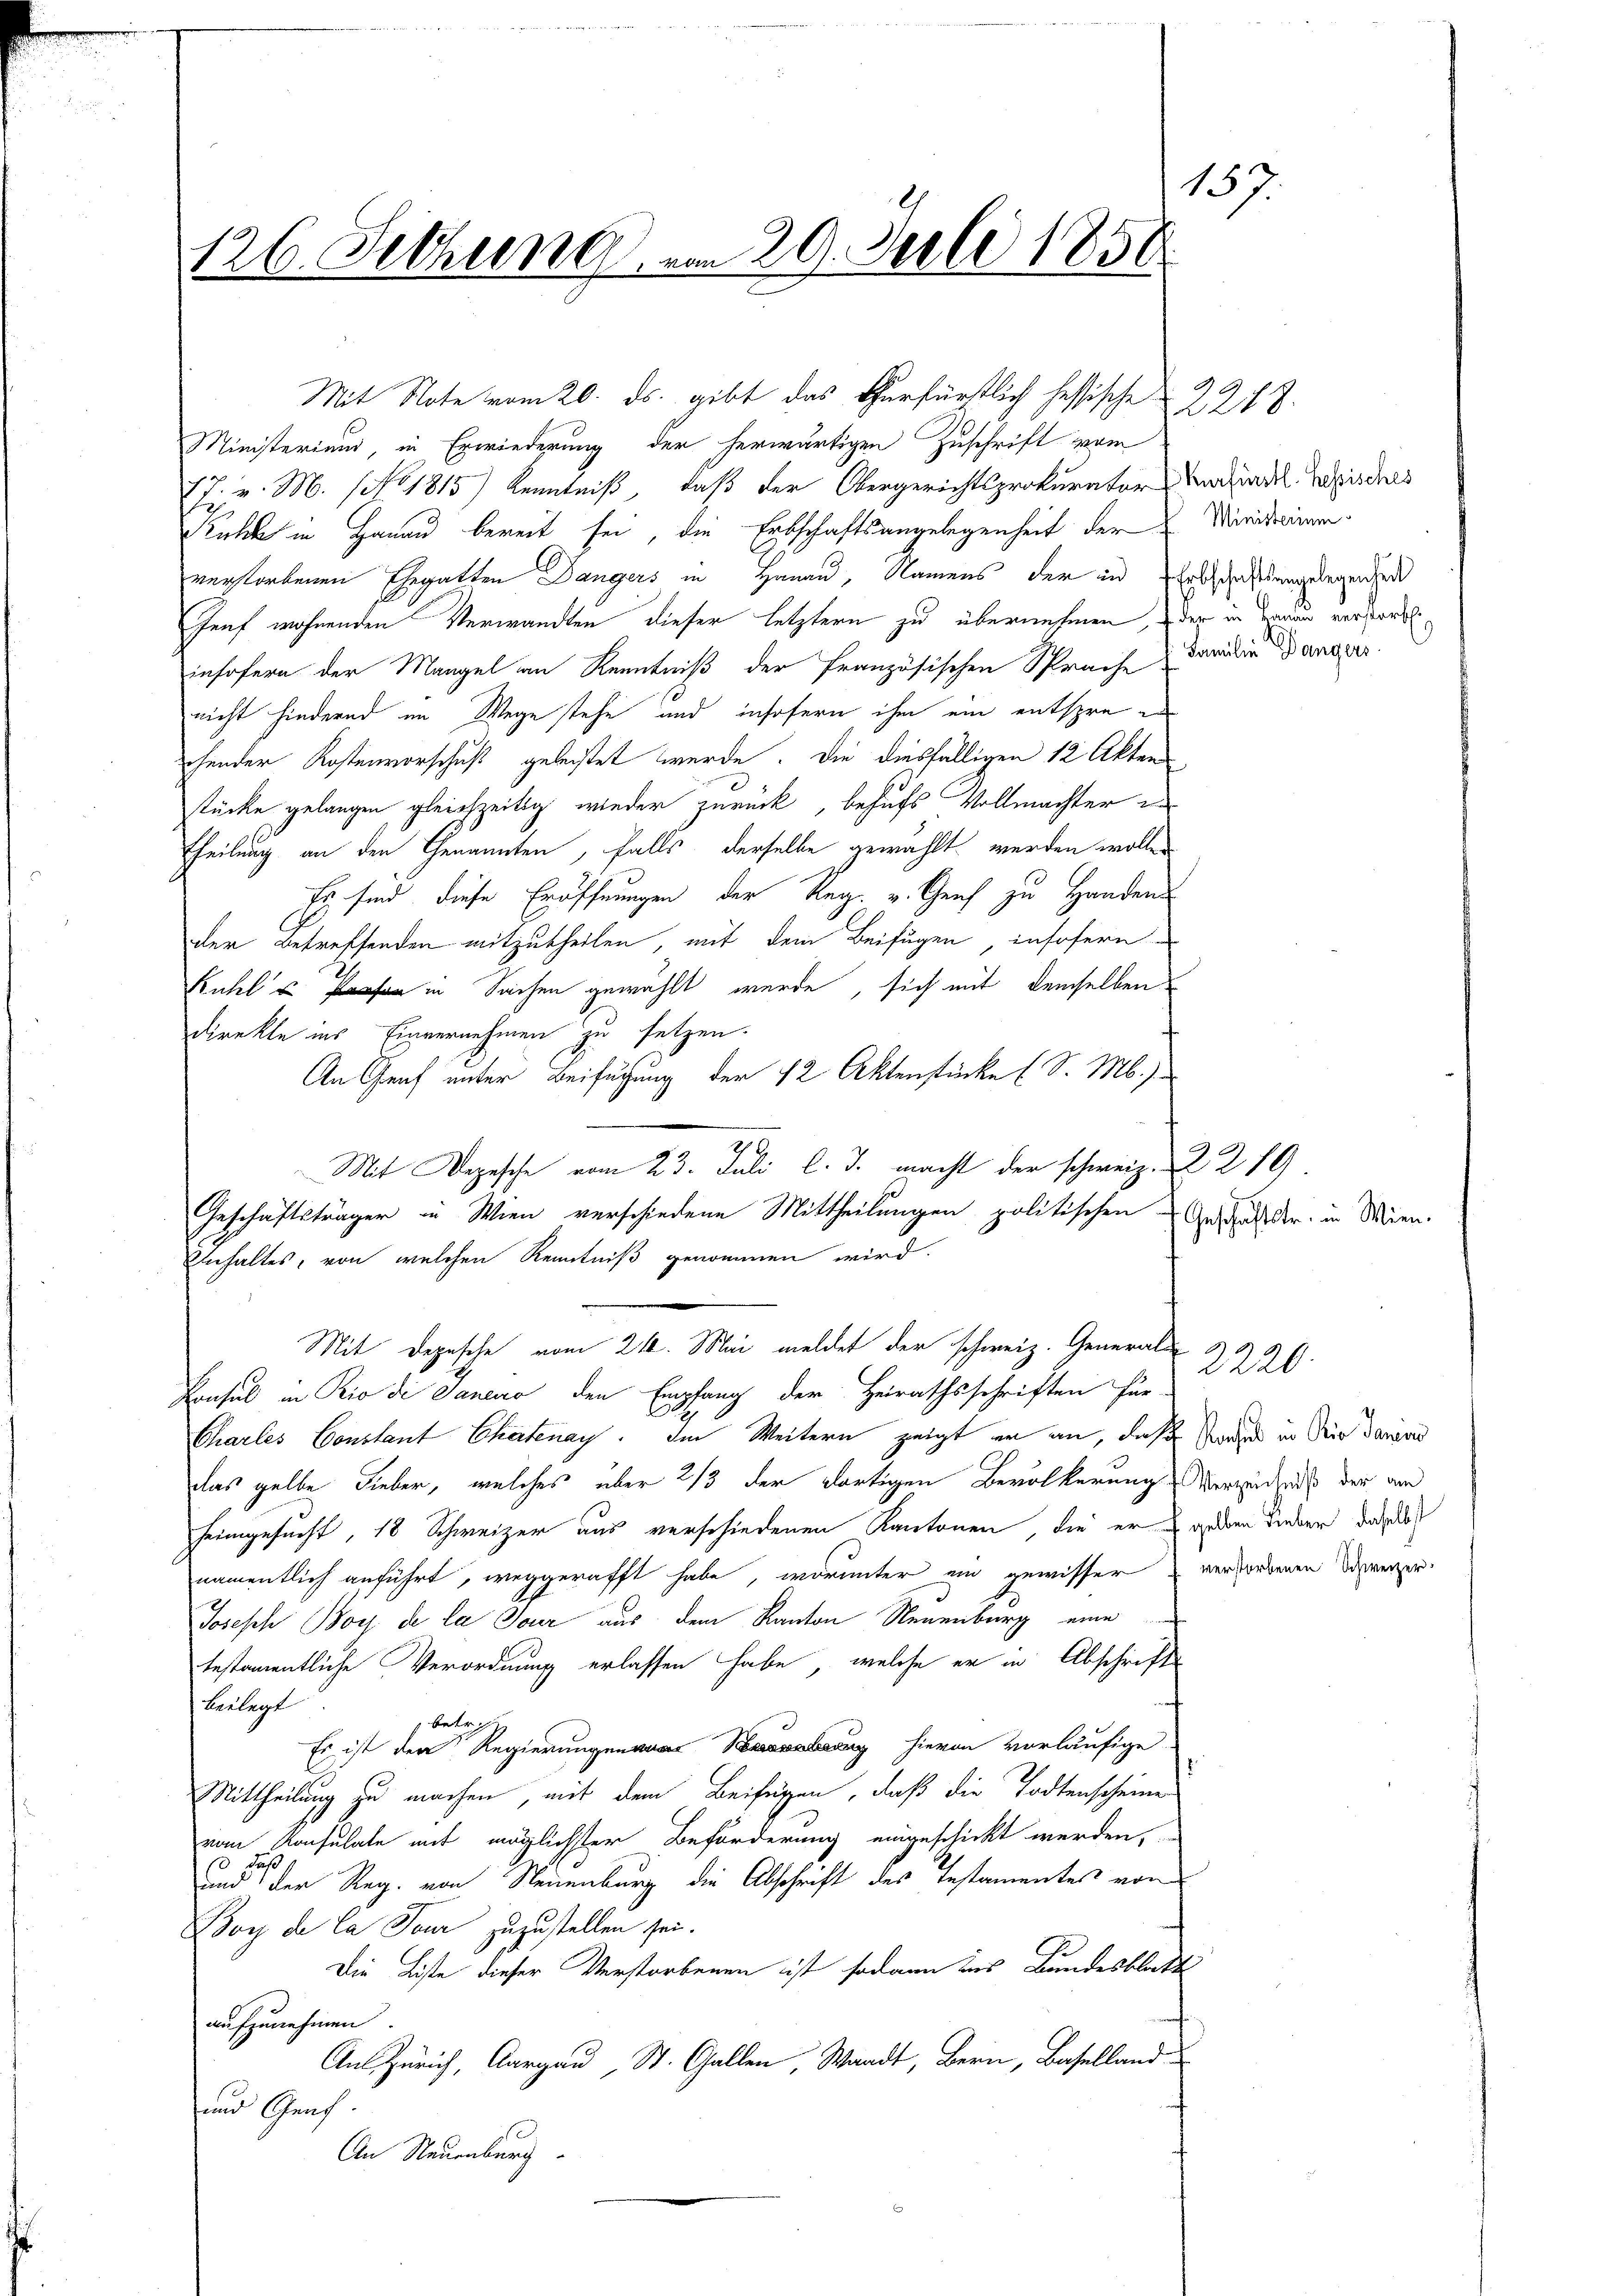
157.
126. Setzung vom 20. Juli 1850

Mit Note vom 20. ds. gibt das thurfürstlich hessische
Ministerium, in Erwiederung der herwärtigen Zuschrift vom
17. v. M. (Ao 1815) Kenntniß, daß der Obergerichtsprokurator erhinde Beiders
Kalche in Hanau bereit sei, die Erbschaftsangelegenheit der Minidarinen
verstorbenen Ehegatten Dangers in Hanau, Namens der in Erbschaftsangelegenheit
Genf wohnenden Verwandten dieser letztern zu übernehmen, der in Zaun versandte
insofern der Mangel an Kenntniß der französischen Sprache darüber ander
nicht hindernd im Wege stehe und insofern ihm ein entspre
chender Kostenvorschuß geleistet werde. Die diesfälligen 12 Akten
stücke gelangen gleichzeitig wieder zurück, behufs Vollmachter
Theilung an den Genannten, falls derselbe gewählt werden wollen
Es sind, diese Eröffnungen der Reg. v. Greif zu Handen
der betreffenden mitzutheilen, mit dem Beifügen, insofern
Fühle in Sachen gewählt wurde, sich mit demselben
direkte ins Einvernehmen zu setzen.
An Graf unter Besuchung der 12 Aktenstücke (S. M.)
Mit Depesche vom 23. Juli l. J. macht der schweiz. R. 219.
Geschäftsträger in Wien verschiedene Mittheilungen politischen Gestalt der in Wien.
Inhaltes, von welchen Kenntniß genommen wird.
Mit Depesche vom 21. Mai meldet der schweiz. Generals
Konsul in Rio di Saneno den Empfang der Heirathsschriften für
Charles Constant Chartenay. Im Weitern zeigt er an, daß Paul in die davon
das gelbe Lieber, welches über 2/3 der dortigen Bevölkerung Verzeichnis der an
heimgesucht, 18 Schweizer aus verschiedenen Kantonen, die er geben dieser dasel
namentlich anführt, weggerafft habe, worunter ein gewisser verfordenen Dowerzer
Joseph Boy de la Tour aus dem Kanton Neuenburg eine
testamentliche Verordnung erlassen habe, welche er in Abschrift
warf
beilegt
 betre
Es ist der Regierungen hievon vorläufige
Mittheilung zu machen, mit dem Beifügen, daß die Todtenscheine
vom Konsulate mit möglichster Beförderung eingeschickt werden,
aß
und der Reg. von Neuenburg die Abschrift des Instamentes von
Boy de la Tour zuzustellen sei.
Die Liste dieser Verstorbenen ist sodann ins Bundesblatt
aufzunehmen
An Zürich, Aargau, St. Gallen, Waadt, Bern, Baselland
und Genf
An Neuenburg

2218.

2220.